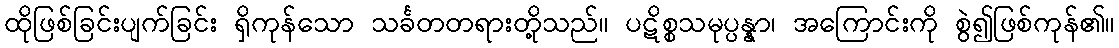
ထိုဖြစ်ခြင်းပျက်ခြင်း ရှိကုန်သော သင်္ခတတရားတို့သည်။ ပဋိစ္စသမုပ္ပန္နာ၊ အကြောင်းကို စွဲ၍ဖြစ်ကုန်၏။